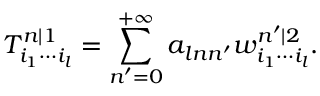
T _ { i _ { 1 } \cdots i _ { l } } ^ { n | 1 } = \sum _ { n ^ { \prime } = 0 } ^ { + \infty } a _ { l n n ^ { \prime } } w _ { i _ { 1 } \cdots i _ { l } } ^ { n ^ { \prime } | 2 } .